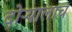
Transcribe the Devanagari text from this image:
दोऱ्यालाच